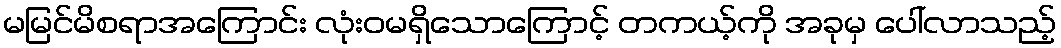
မမြင်မိစရာအကြောင်း လုံးဝမရှိသောကြောင့် တကယ့်ကို အခုမှ ပေါ်လာသည့်